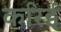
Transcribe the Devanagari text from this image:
करिई